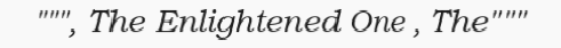
""", The Enlightened One , The"""